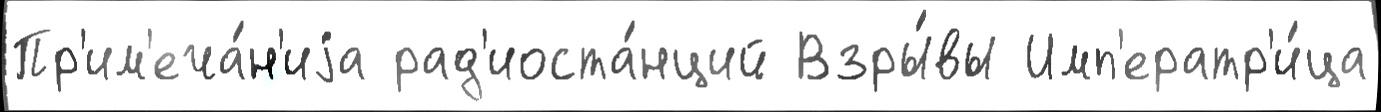
Пр'им'еча́н'иjа рад'иоста́нций Взры́вы Имп'ератр'и́ца